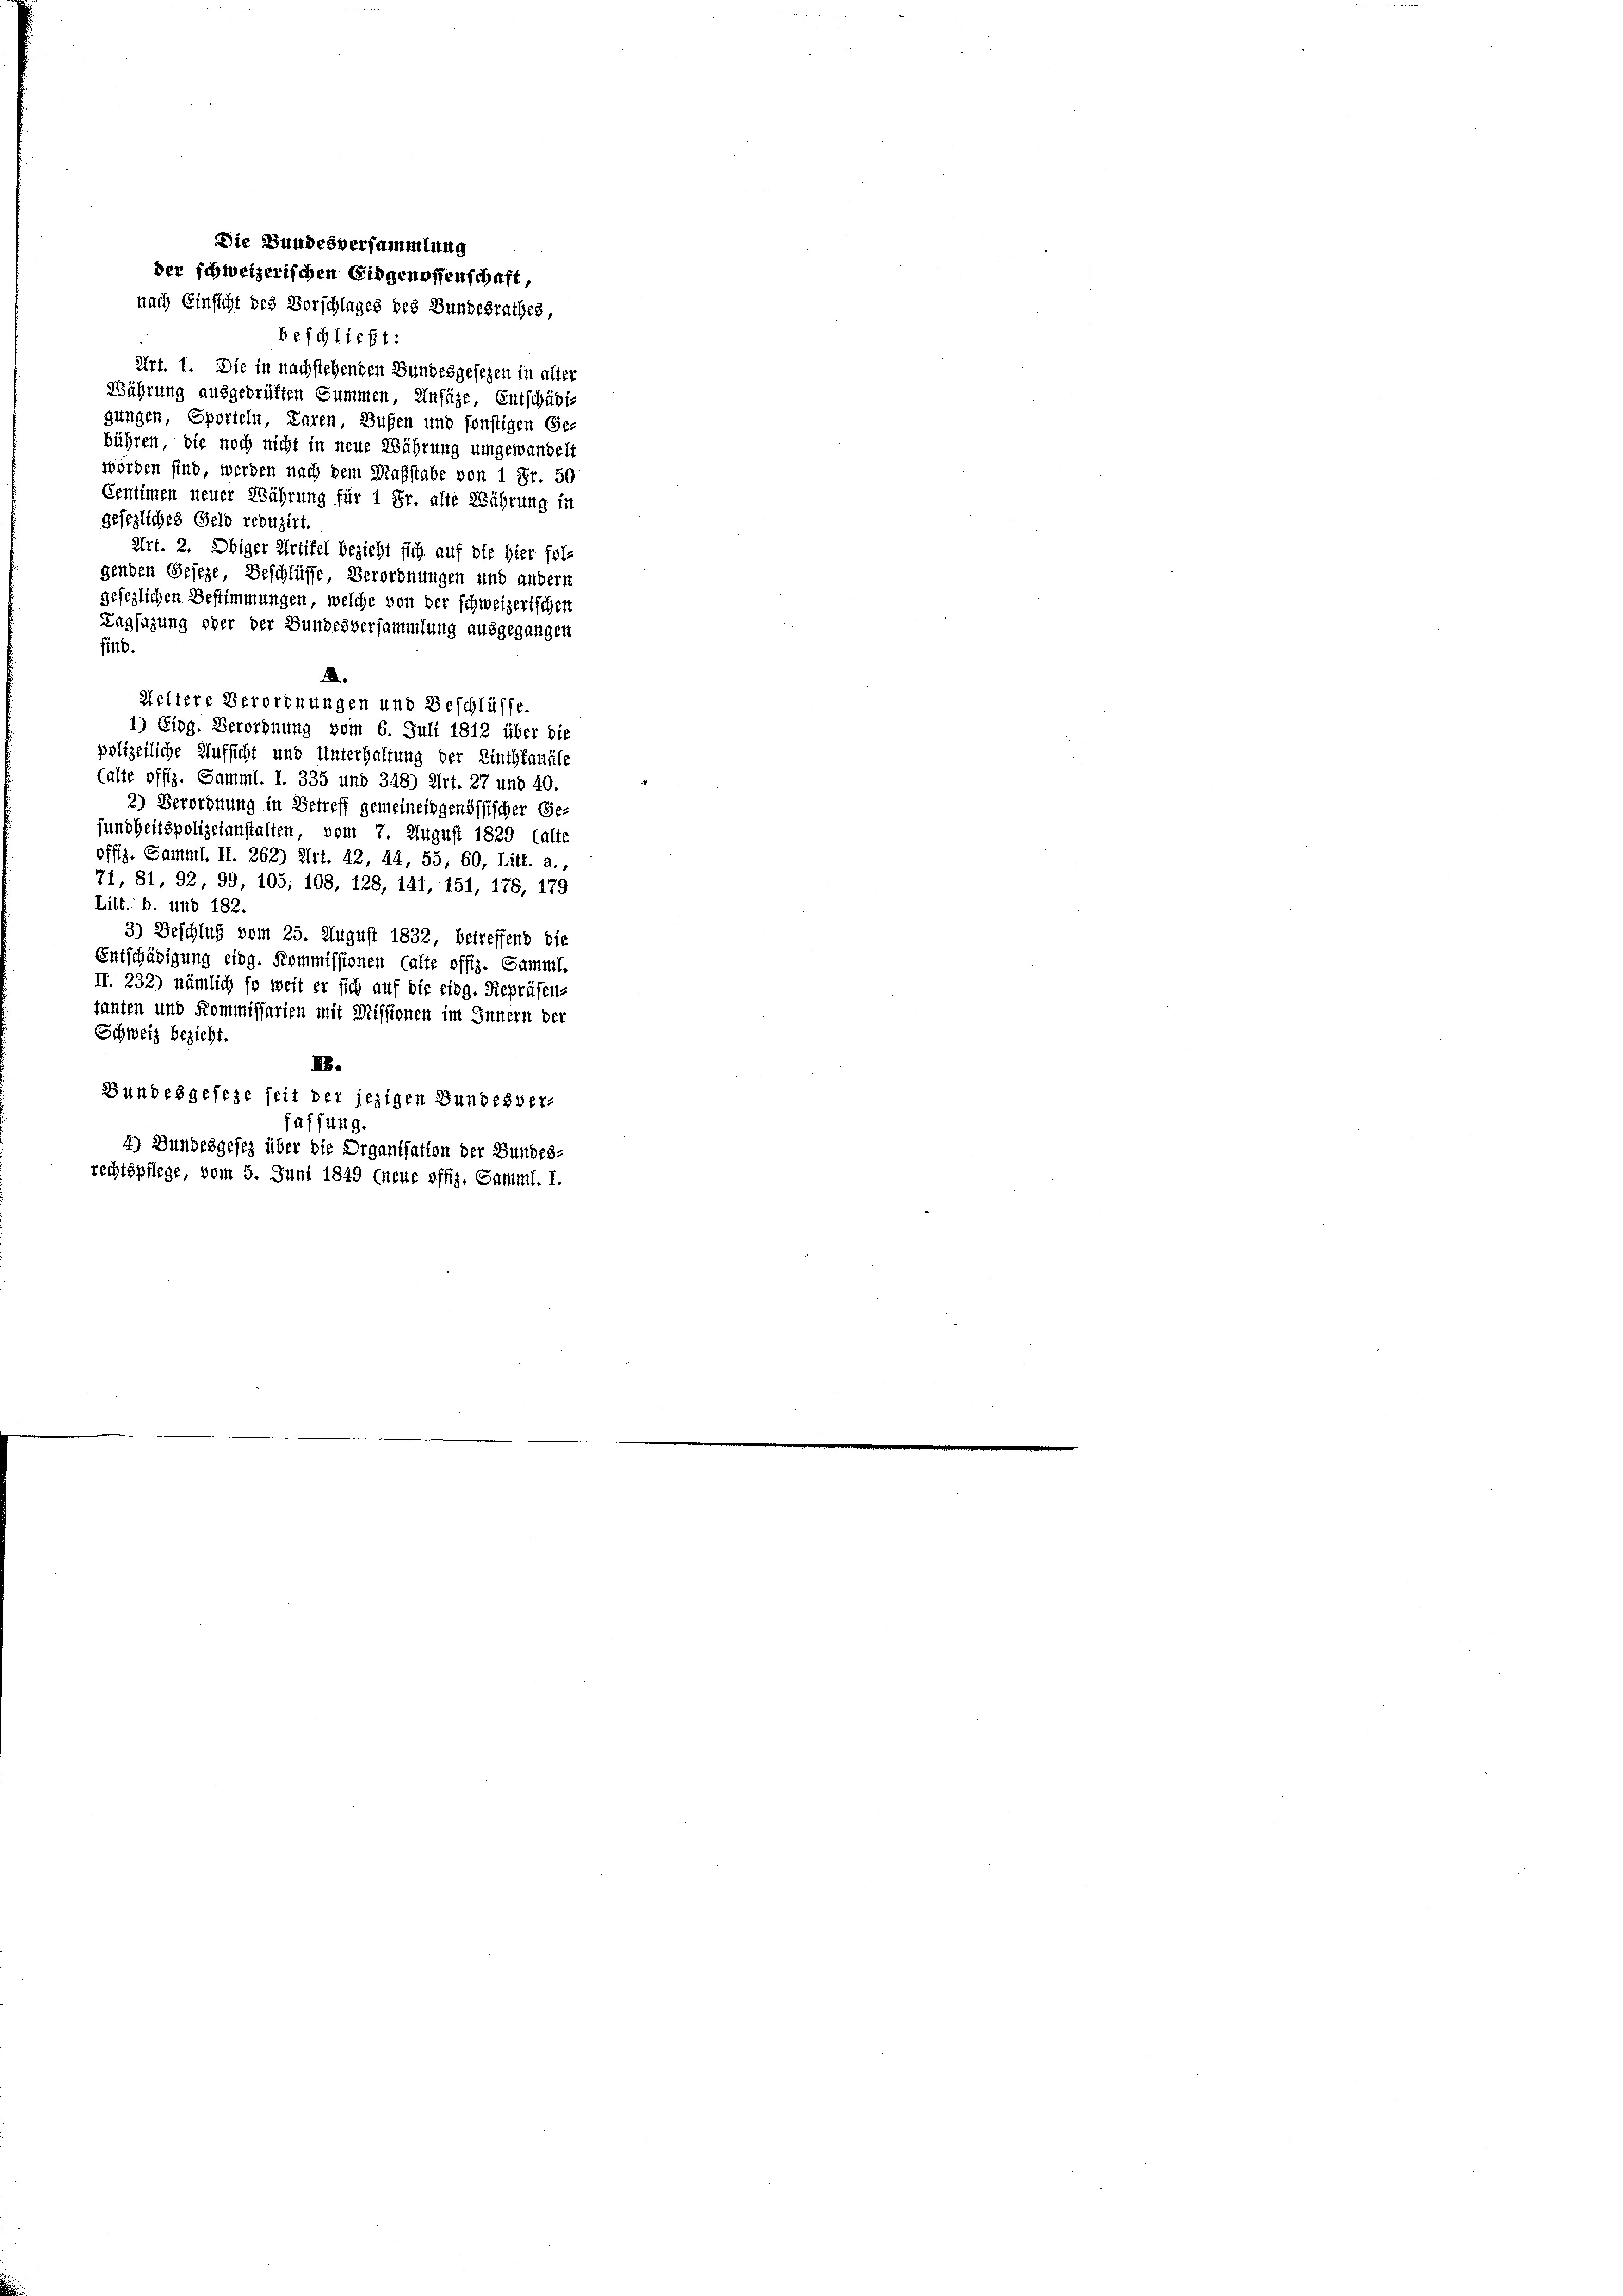
Die Bundesversammlung
der schweizerischen Eidgenossenschaft
nach Einsicht des Vorschlages des Bundesrathes

beschließt:
Art. 1. Die in nachstehenden Bundesgesezen in alter
Währung ausgeprüften Summen, Einfäze, Entschädi-
gungen, Sporteln, Laren, Bußen und sonstigen Ge-
bühren, die noch nicht in neue Währung umgewandelt
worden sind werden nach dem Maßstabe von 1 Fr. 50
Centimen neuer Währung für 1 Fr. alte Währung in
gesezliches Geld reduzirt.
Art. 2. Obiger Artikel bezieht sich auf die hier fol-
genden Geseze Beschlüsse, Verordnungen und andern
gefeglichen Bestimmungen, welche von der schweizerischen
Tagsazung oder der Bundesversammlung ausgegangen
find
12.
Weltere Verordnungen und Beschlüsse.
1) Eidg. Verordnung vom 6. Juli 1812 über die
polizeiliche Aufsicht und Unterhaltung der Linthkanäle
(alte offiz. Samml. I. 335 und 348) Art. 27 und 40.
2) Verordnung in Betreff gemeineidgenössischer Ge-
fundheitspolizeianstalten, vom 7. August 1829 (alte
offiz. Sammt. II. 262) Art. 42, 44, 55, 60, Litt. a.,
71, 81, 92, 99, 105, 108, 128, 141, 151, 178, 179
Litt. b. und 182.
3) Beschluß vom 25. August 1832, betreffend die
Entschädigung eidg. Kommissionen (alte offiz. Samml.
II. 232) nämlich so weit er sich auf die eidg. Repräsen-
tanten und Kommissarien mit Missionen im Innern der
Schweiz bezieht.
NB.
Bundesgesehe seit der jezigen Bundesver-
faffung.
4) Bundesgesez über die Organisation der Bundes-
rechtspflege, vom 5. Juni 1849 (neue offiz. Samml. I.